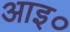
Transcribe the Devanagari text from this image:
आइ०